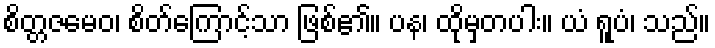
စိတ္တဇမေဝ၊ စိတ်ကြောင့်သာ ဖြစ်၏။ ပန၊ ထိုမှတပါး။ ယံ ရူပံ၊ သည်။